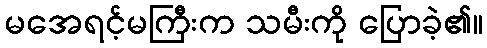
မအေရင့်မကြီးက သမီးကို ပြောခဲ့၏။